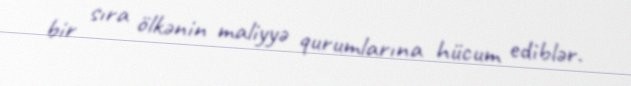
bir sıra ölkənin maliyyə qurumlarına hücum ediblər.